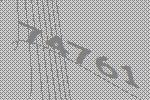
74761